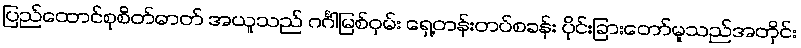
ပြည်ထောင်စုစိတ်ဓာတ် အယူသည် ဂင်္ဂါမြစ်ဝှမ်း ရှေ့တန်းတပ်စခန်း ပိုင်းခြားတော်မူသည်အတိုင်း